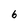
Character: 6